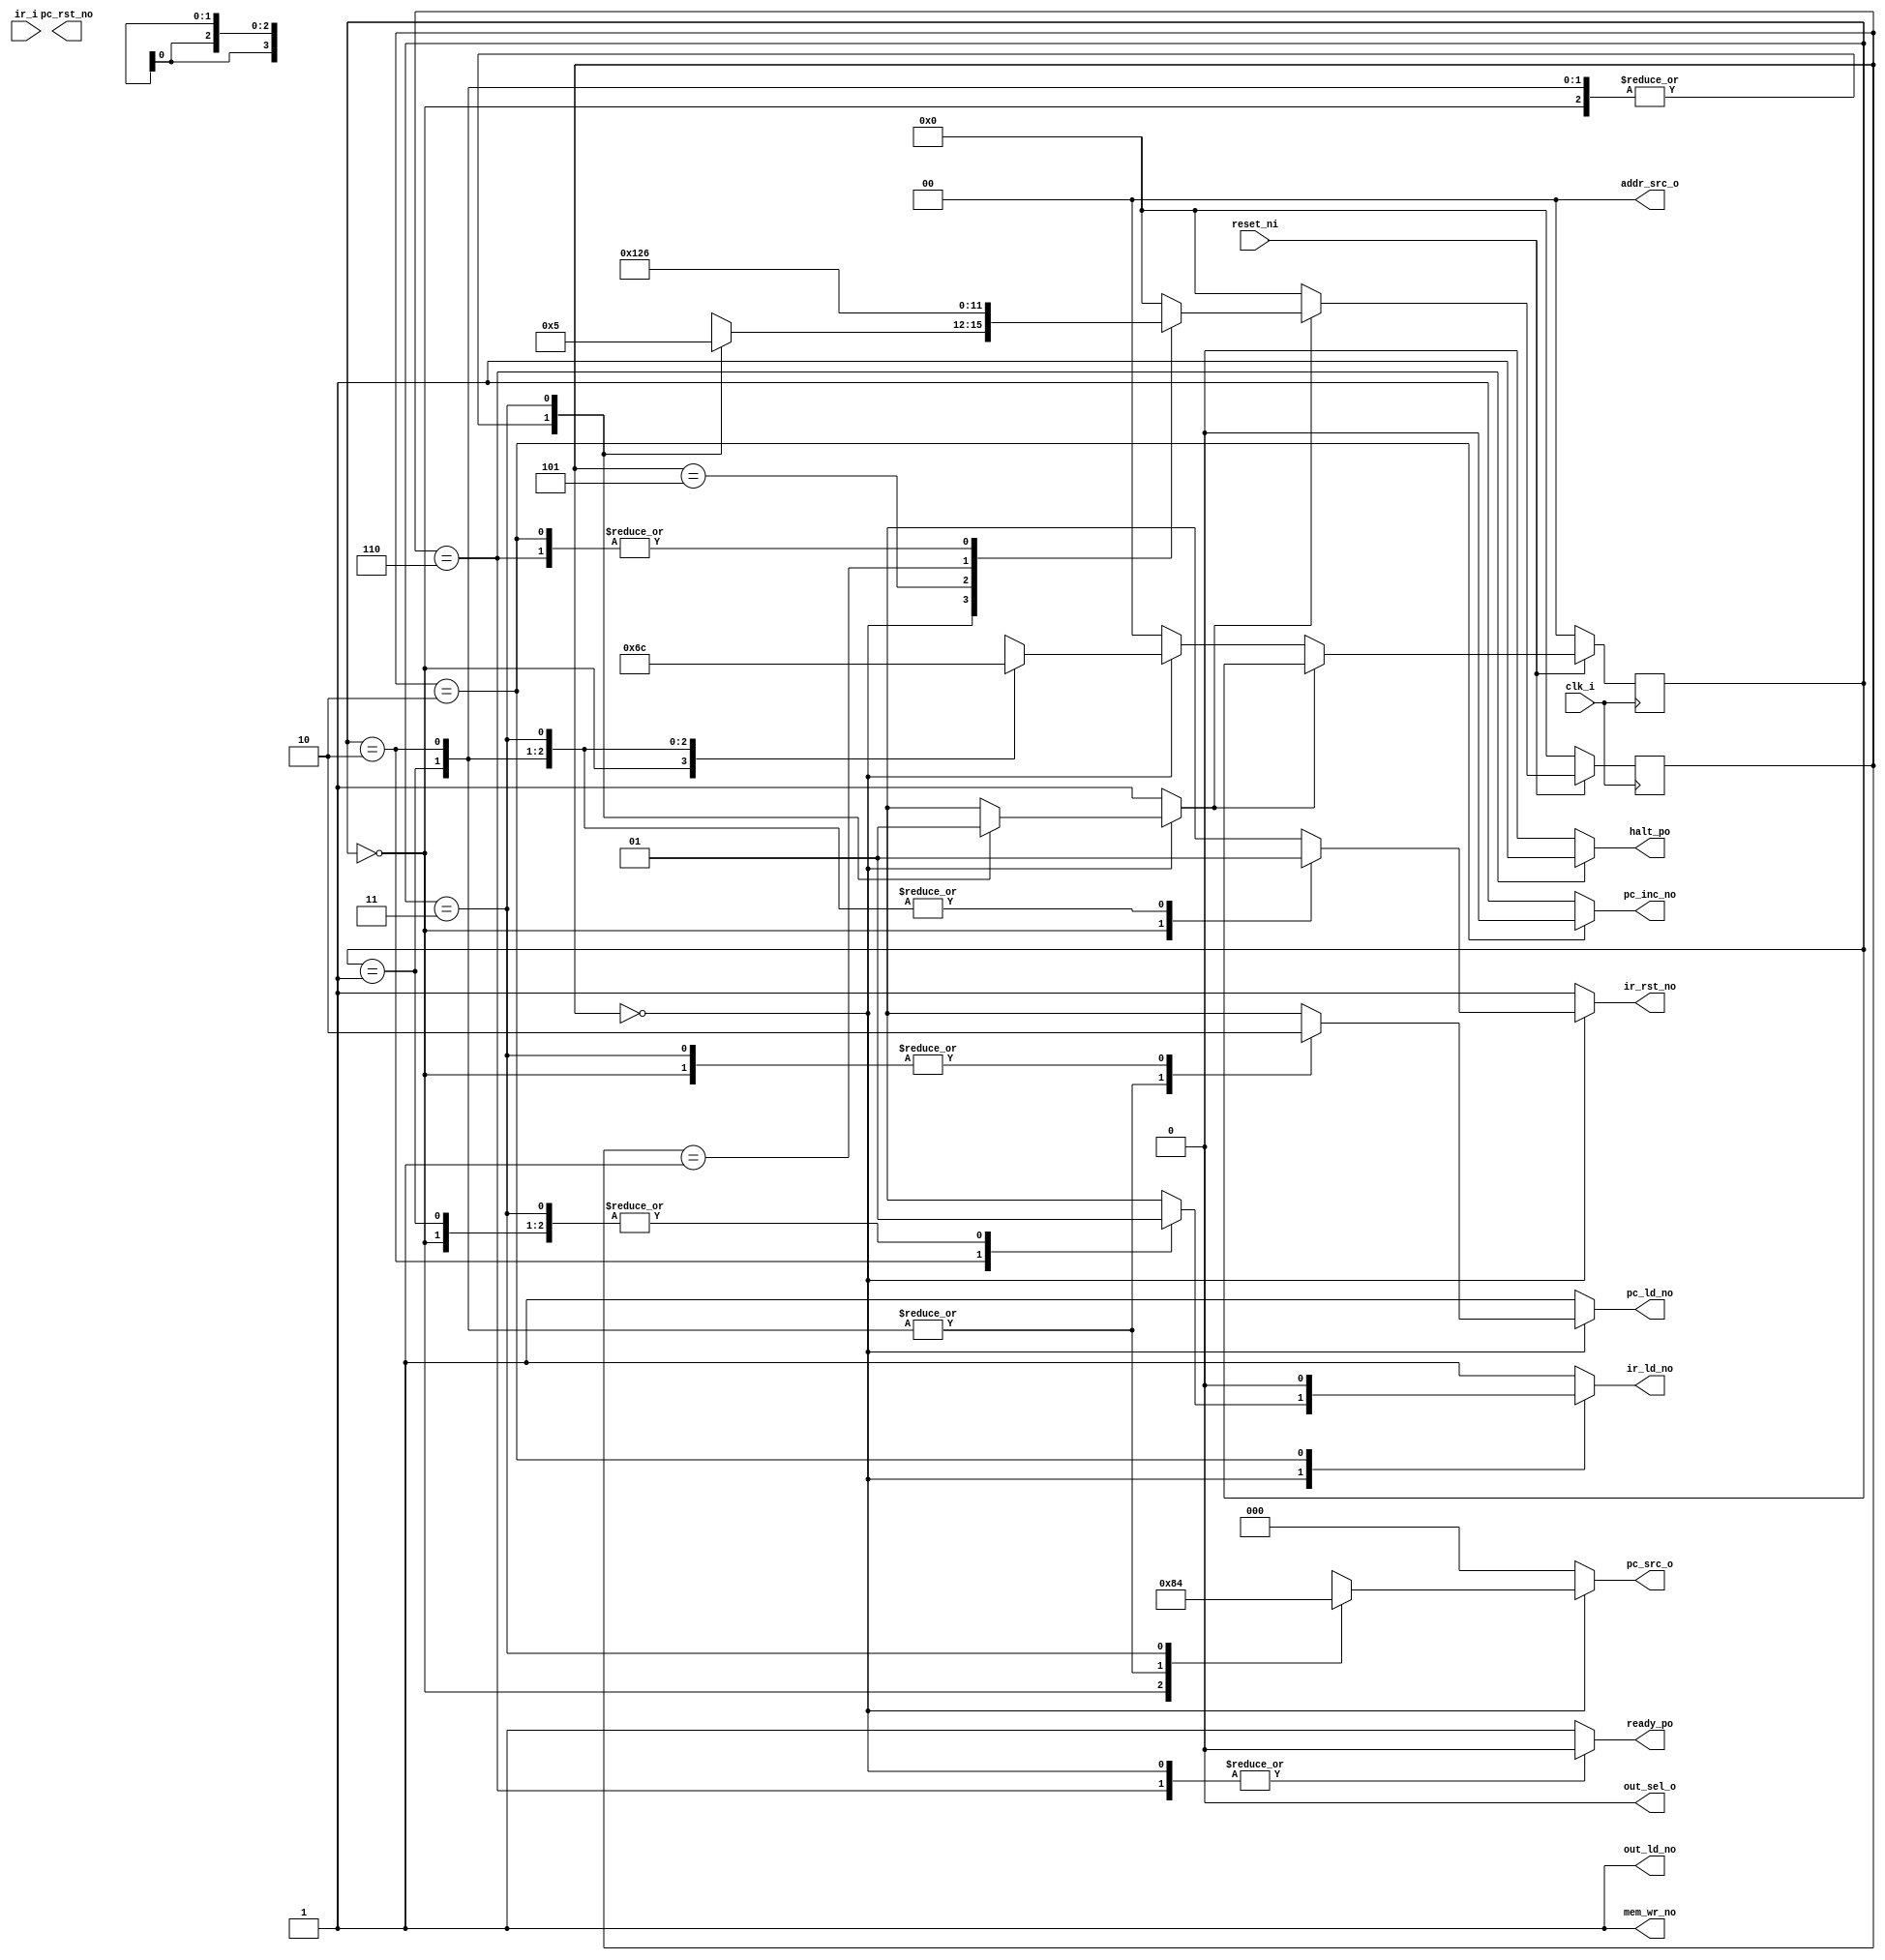
module SequenceControl
#(
    parameter DATA_WIDTH = 16
)
(
    input wire clk_i,
    input wire reset_ni,               // Active low
    // IR
    input wire [DATA_WIDTH-1:0] ir_i,  // Provides: Op-code, CN, Dest/Src regs
    output wire ir_ld_no,
    output wire ir_rst_no,
    // PC
    output wire pc_ld_no,
    output wire pc_rst_no,
    output wire pc_inc_no,
    output wire [PCSelectSize-1:0] pc_src_o,
    // Memory
    output wire mem_wr_no,
    output wire [AddrSelectSize-1:0] addr_src_o,
    // Output
    output wire out_ld_no,
    output wire out_sel_o,
    // Misc
    output wire ready_po,              // Active high
    output wire halt_po                // Active high
);

localparam PCSelectSize = 3;        // 8 possible sources
localparam AddrSelectSize = 2;      // 4 possible sources
localparam StateSize = 4;           // 16 possible states
localparam VectorStateSize = 2;     // 4 possible vector reset states

// Sequence states
localparam  S_Reset         = 4'b0000,
            S_FetchPCtoMEM  = 4'b0001,
            S_FetchMEMtoIR  = 4'b0010,
            S_Decode        = 4'b0011,
            S_Execute       = 4'b0100,
            S_Ready         = 4'b0101,
            S_HALT          = 4'b0110;

// Reset sequence states
localparam  S_Vector1       = 2'b00,
            S_Vector2       = 2'b01,
            S_Vector3       = 2'b10,
            S_Vector4       = 2'b11;

// Internal state signals
reg [StateSize-1:0] state;
reg [StateSize-1:0] next_state;

reg [VectorStateSize-1:0] vector_state;
reg [VectorStateSize-1:0] next_vector_state;

// Datapath Control Signals
reg ir_rst;
reg pc_inc;
reg pc_ld;
reg [PCSelectSize-1:0] pc_src;       // MUX_PC selector

reg stk_ld;
reg ir_ld;

reg out_ld;
reg out_sel;

reg mem_wr;
reg [1:0] addr_src;     // MUX_ADDR selector

// External Functional states
reg halt;
reg ready; // The "ready" flag is Set when the CPU has completed its reset activities.

// Once the reset sequence has complete this flag is Set.
reg resetComplete;

// Simulation
initial begin
    // Be default the CPU always attempts to start in Reset mode.
    state = S_Reset;
    // Also configure the reset sequence start state.
    vector_state = S_Vector1;
end

// -------------------------------------------------------------
// Combinational control signals
// -------------------------------------------------------------
always @(state, vector_state) begin

    // ======================================
    // Initial conditions on a *state* or *vector_state* change
    // ======================================
    ready = 1'b1;           // Default: CPU is ready
    resetComplete = 1'b1;   // Default: Reset is complete

    next_state = S_Reset;
    next_vector_state = S_Vector1;
    
    halt = 1'b0;        // Default to non-active of state (Active High)

    // PC
    pc_inc = 1'b1;      // Disable Increment PC
    pc_ld =  1'b1;      // Disable PC loading
    pc_src = 3'b000;    // Doesn't matter

    ir_rst = 1'b1;      // Disable resetting IR
    ir_ld = 1'b1;       // Disable IR loading

    // Output 
    out_ld = 1'b1;      // Disable output loading
    out_sel = 1'b0;     // Reg-File Source 1

    // Memory
    mem_wr = 1'b1;      // Disable Write (active low) i.e. Enable Read (Active high)
    addr_src = 2'b00;   // Select PC as source

    // ======================================
    // Main state machine
    // ======================================
    case (state)
        // CPU is in a reset state waiting for the Reset flag to deactivate (High)
        // While in this state the CPU continuosly loads the Reset-Vector.
        S_Reset: begin
            `ifdef SIMULATE
                $display("%d S_Reset", $stime);
            `endif
            ready = 1'b0;               // CPU is not ready while resetting.
            resetComplete = 1'b0;       // Reset not complete
            
            // ------------------------------------------------------
            // Vector reset sequence
            // ------------------------------------------------------
            case (vector_state)
                S_Vector1: begin
                    `ifdef SIMULATE
                        $display("%d S_Vector1", $stime);
                    `endif
                    pc_src = 3'b010;    // Select Reset vector constant
                    pc_ld = 1'b0;       // Enable loading PC
                    ir_rst = 1'b0;      // Enable resetting IR

                    next_vector_state = S_Vector2;
                end
                S_Vector2: begin
                    `ifdef SIMULATE
                        $display("%d S_Vector2", $stime);
                    `endif
                    // PC is loaded and asserted to Memory.

                    next_vector_state = S_Vector3;
                end
                S_Vector3: begin
                    `ifdef SIMULATE
                        $display("%d S_Vector3", $stime);
                    `endif
                    // Memory data out is ready and asserted to IR
                    ir_ld = 1'b0;      // Enable IR loading

                    next_vector_state = S_Vector4;
                end
                S_Vector4: begin
                    `ifdef SIMULATE
                        $display("%d S_Vector4", $stime);
                    `endif
                    // IR is loaded. Route Zero-extend-L to PC
                    pc_src = 3'b100;        // Select Zero-extend-L
                    pc_ld = 1'b0;           // Enable loading PC
                    resetComplete = 1'b1;   // Reset completed

                    // Reset completes by the next negedge clock
                    // Transition to the ready state now that the PC is loaded
                    // with the address of the first instruction.
                    next_state = S_Ready;
                end
                default: begin
                    `ifdef SIMULATE
                        $display("%d ###### default Vector state ######", $stime);
                    `endif
                    next_vector_state = S_Vector1;
                end
            endcase
        end

        S_Ready: begin
            // We enter this state at the end of the Reset sequence.
            `ifdef SIMULATE
                $display("%d S_Ready", $stime);
            `endif
            ready = 1'b1;   // CPU is ready
            next_state = S_FetchPCtoMEM;
        end

        // Part 1 of fetch sequence: PC to Mem address input
        S_FetchPCtoMEM: begin
            `ifdef SIMULATE
                $display("%d S_FetchPCtoMEM", $stime);
            `endif

            // Next state
            next_state = S_FetchMEMtoIR;
        end

        // Part 2 of fetch sequence
        S_FetchMEMtoIR: begin
            `ifdef SIMULATE
                $display("%d S_FetchMEMtoIR", $stime);
            `endif

            next_state = S_HALT;

            ir_ld = 1'b0;       // Enable loading IR
            // Take advantage of the next clock to bump the PC
            pc_inc = 1'b0;      // Enable Increment PC
        end

        S_HALT: begin
            `ifdef SIMULATE
                $display("%d S_HALT", $stime);
            `endif
            // We can only exit this state on a reset.
            next_state = S_HALT;
            halt = 1'b1;
            ready = 1'b0;
        end

        default:
            next_state = S_Reset;

    endcase // End (state)
end

// -------------------------------------------------------------
// Sequence control (sync). Move to the next state on the
// rising edge of the next clock.
// -------------------------------------------------------------
always @(posedge clk_i) begin
    if (~reset_ni) begin
        state <= S_Reset;
        vector_state <= S_Vector1;
    end
    else
        if (resetComplete)
            state <= next_state;
        else begin
            state <= S_Reset;
            vector_state <= next_vector_state;
        end
end

// -------------------------------------------------------------
// Route internal signals to outputs
// -------------------------------------------------------------
assign ir_rst_no = ir_rst;
assign pc_inc_no = pc_inc;
assign pc_ld_no = pc_ld;
assign pc_src_o = pc_src;
assign ir_ld_no = ir_ld;
assign mem_wr_no = mem_wr;
assign addr_src_o = addr_src;
assign halt_po = halt;
assign out_ld_no = out_ld;
assign out_sel_o = out_sel;
assign ready_po = ready;

endmodule